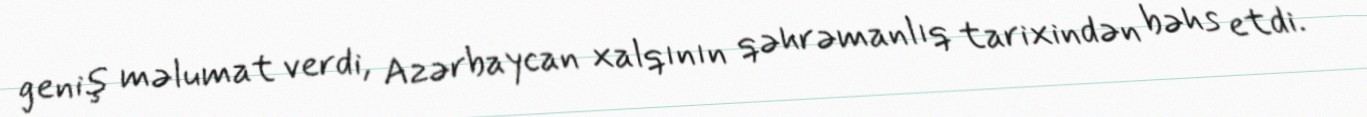
geniş məlumat verdi, Azərbaycan xalqının qəhrəmanlıq tarixindən bəhs etdi.